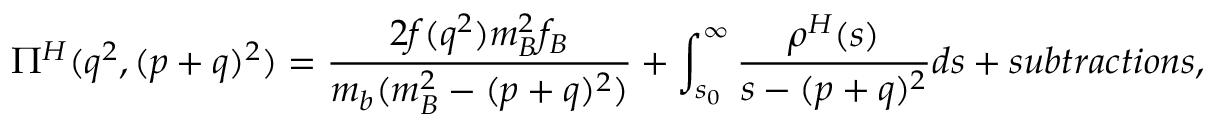
\Pi ^ { H } ( q ^ { 2 } , ( p + q ) ^ { 2 } ) = \frac { 2 f ( q ^ { 2 } ) m _ { B } ^ { 2 } f _ { B } } { m _ { b } ( m _ { B } ^ { 2 } - ( p + q ) ^ { 2 } ) } + \int _ { s _ { 0 } } ^ { \infty } \frac { \rho ^ { H } ( s ) } { s - ( p + q ) ^ { 2 } } d s + s u b t r a c t i o n s ,